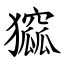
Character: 㺠